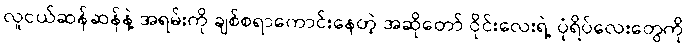
လူငယ်ဆန်ဆန်နဲ့ အရမ်းကို ချစ်စရာကောင်းနေတဲ့ အဆိုတော် ဝိုင်းလေးရဲ့ ပုံရိပ်လေးတွေကို